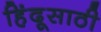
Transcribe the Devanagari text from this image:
हिंदूसाठी